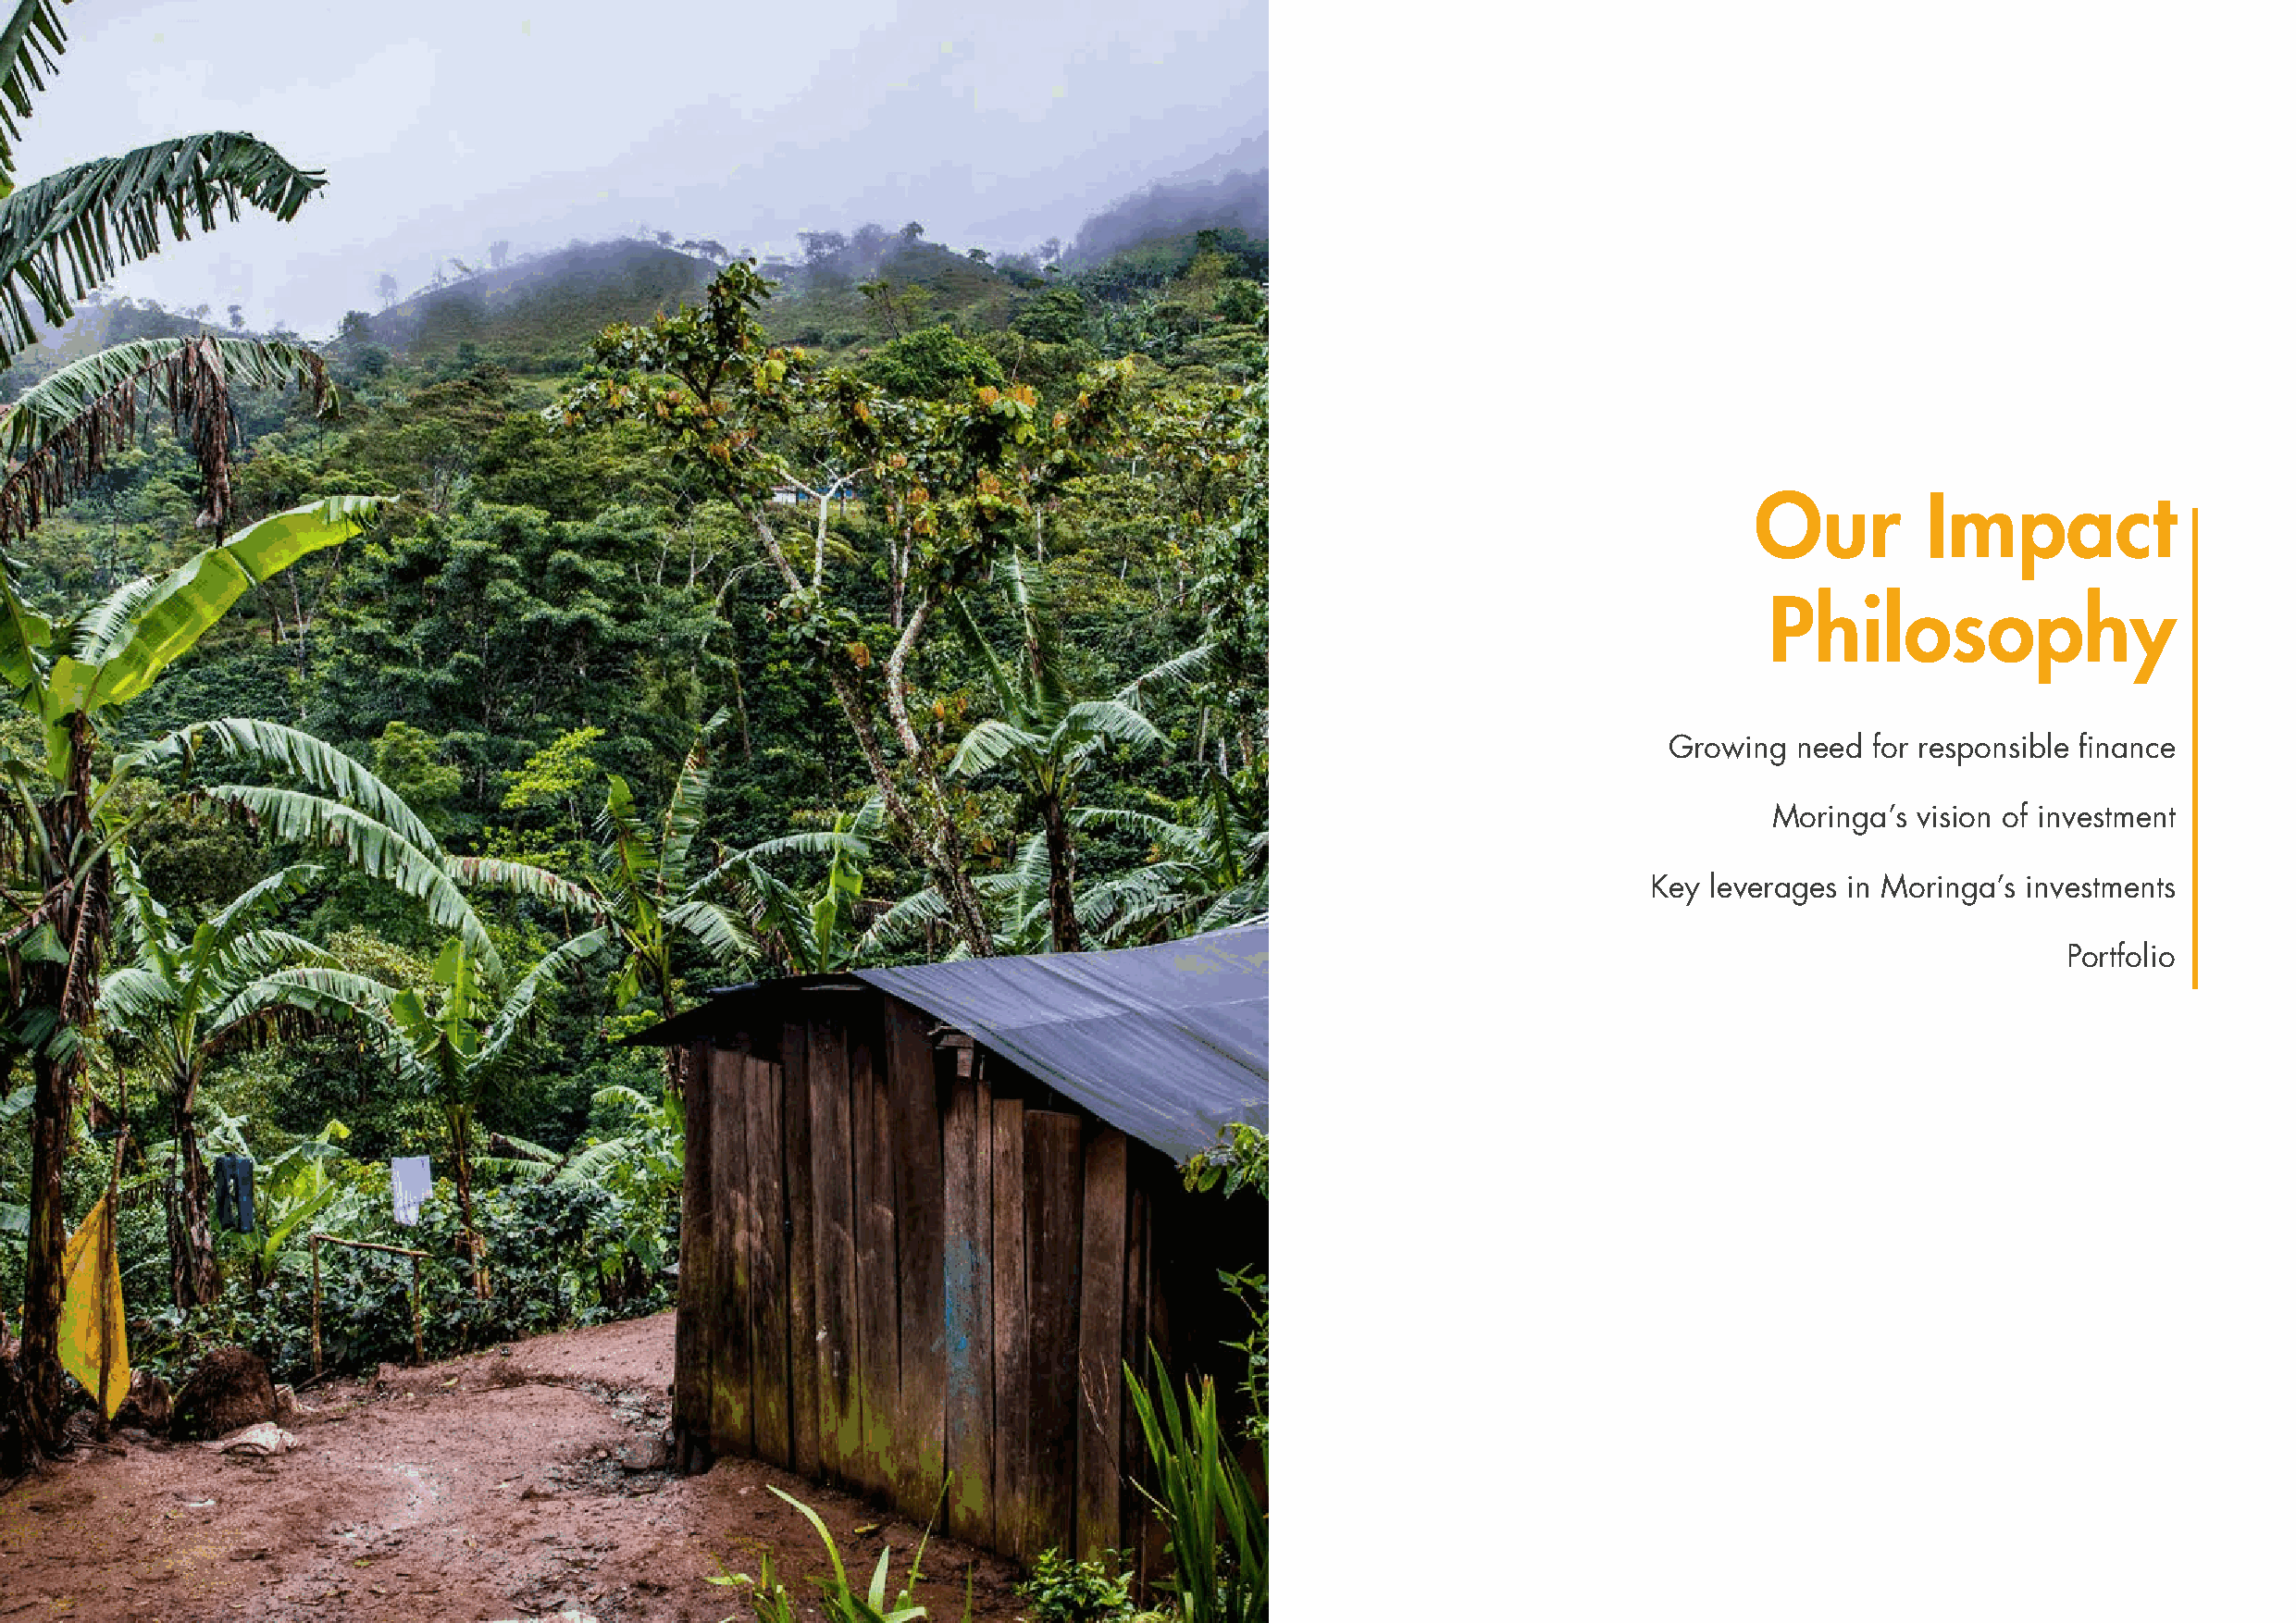
Our          Impact
 Philosophy
 Growing  need  for responsible finance
 Moringa’s vision of investment
 Key leverages in Moringa’s investments
 Portfolio